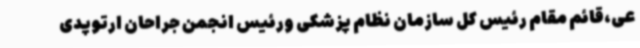
عی،قائم مقام رئیس کل سازمان نظام پزشکی ورئیس انجمن جراحان ارتوپدی